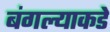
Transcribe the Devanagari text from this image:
बंगल्याकडे